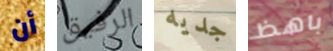
أن الرفيق جديه باهظ